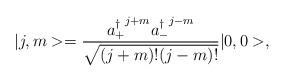
LaTeX: \begin{align*}\vert j,m> = \frac{{a_+^\dagger}^{j+m} {a_-^\dagger}^{j-m}}{\sqrt{(j+m)! (j-m)!}}\vert 0,0>, \end{align*}